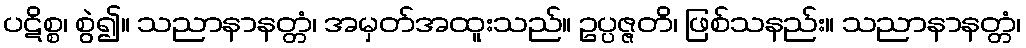
ပဋိစ္စ၊ စွဲ၍။ သညာနာနတ္တံ၊ အမှတ်အထူးသည်။ ဥပ္ပဇ္ဇတိ၊ ဖြစ်သနည်း။ သညာနာနတ္တံ၊